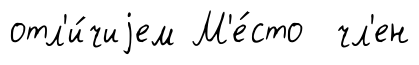
отл'и́чиjем М'е́сто чл'ен